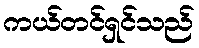
ကယ်တင်ရှင်သည်